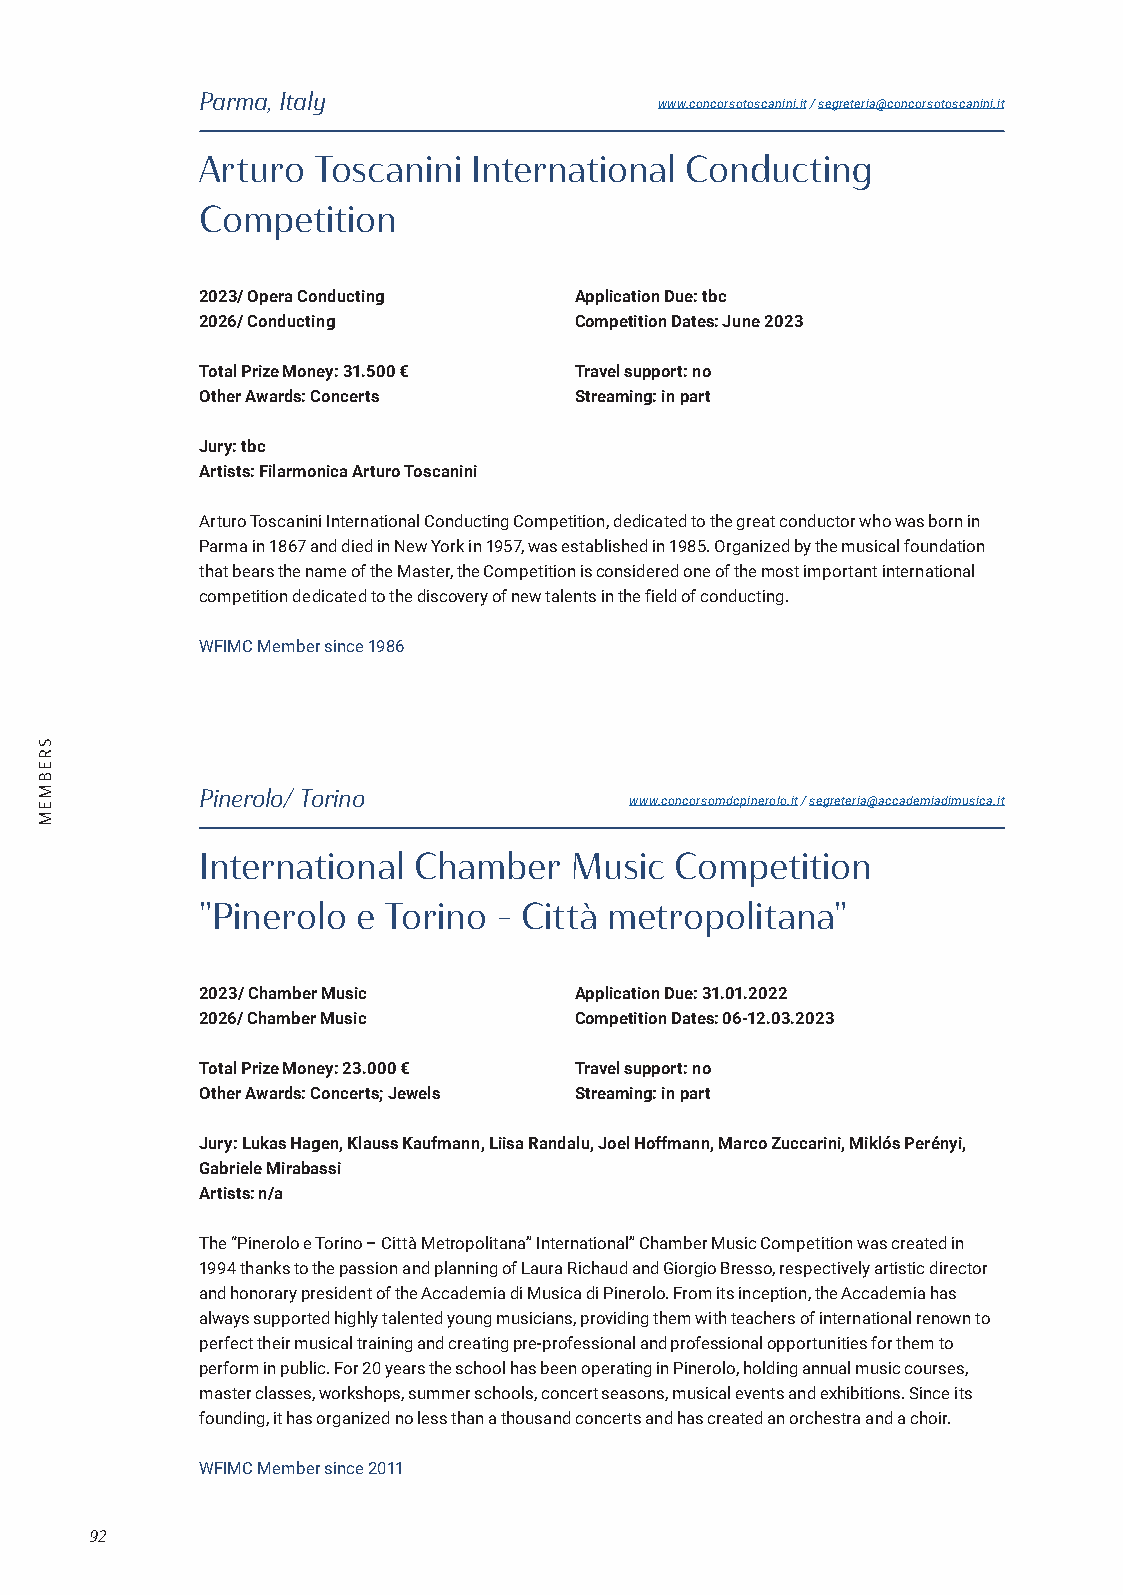
Parma, Italy
 www.concorsotoscanini.it / segreteria@concorsotoscanini.it
 Arturo  Toscanini International Conducting
 Competition
 2023/ Opera Conducting   Application Due: tbc
 2026/ Conducting         Competition Dates: June 2023
 Total Prize Money: 31.500 € Travel support: no
 Other Awards: Concerts   Streaming: in part
 Jury: tbc
 Artists: Filarmonica Arturo Toscanini
 Arturo Toscanini International Conducting Competition, dedicated to the great conductor who was born in
 Parma in 1867 and died in New York in 1957, was established in 1985. Organized by the musical foundation
 that bears the name of the Master, the Competition is considered one of the most important international
 competition dedicated to the discovery of new talents in the field of conducting.
 WFIMC Member since 1986
 Pinerolo/ Torino
 www.concorsomdcpinerolo.it / segreteria@accademiadimusica.it
 International Chamber    Music  Competition
 "Pinerolo  e Torino - Città metropolitana"
 2023/ Chamber Music      Application Due: 31.01.2022
 2026/ Chamber Music      Competition Dates: 06-12.03.2023
 Total Prize Money: 23.000 € Travel support: no
 Other Awards: Concerts; Jewels Streaming: in part
 Jury: Lukas Hagen, Klauss Kaufmann, Liisa Randalu, Joel Hoffmann, Marco Zuccarini, Miklós Perényi,
 Gabriele Mirabassi
 Artists: n/a
 The “Pinerolo e Torino – Città Metropolitana” International” Chamber Music Competition was created in
 1994 thanks to the passion and planning of Laura Richaud and Giorgio Bresso, respectively artistic director
 and honorary president of the Accademia di Musica di Pinerolo. From its inception, the Accademia has
 always supported highly talented young musicians, providing them with teachers of international renown to
 perfect their musical training and creating pre-professional and professional opportunities for them to
 perform in public. For 20 years the school has been operating in Pinerolo, holding annual music courses,
 master classes, workshops, summer schools, concert seasons, musical events and exhibitions. Since its
 founding, it has organized no less than a thousand concerts and has created an orchestra and a choir.
 WFIMC Member since 2011
 92
 SREBMEM